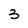
Character: 3